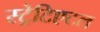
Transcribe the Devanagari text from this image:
स्ट्रेटिएटल